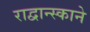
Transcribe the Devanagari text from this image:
राद्वान्स्काने